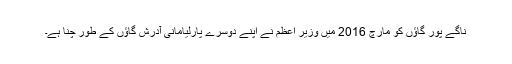
ناگے پور گاؤں کو مارچ 2016 میں وزیر اعظم نے اپنے دوسرے پارلیامانی آدرش گاؤں کے طور چنا ہے۔